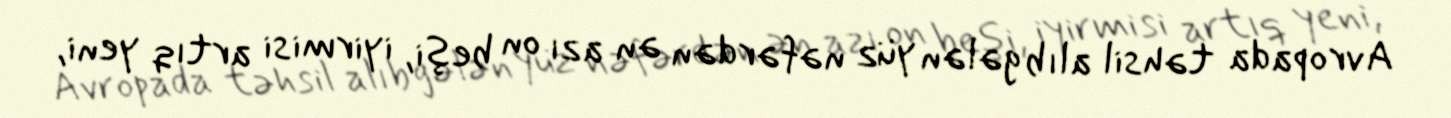
Avropada təhsil alıb gələn yüz nəfərdən ən azı on beşi, iyirmisi artıq yeni,